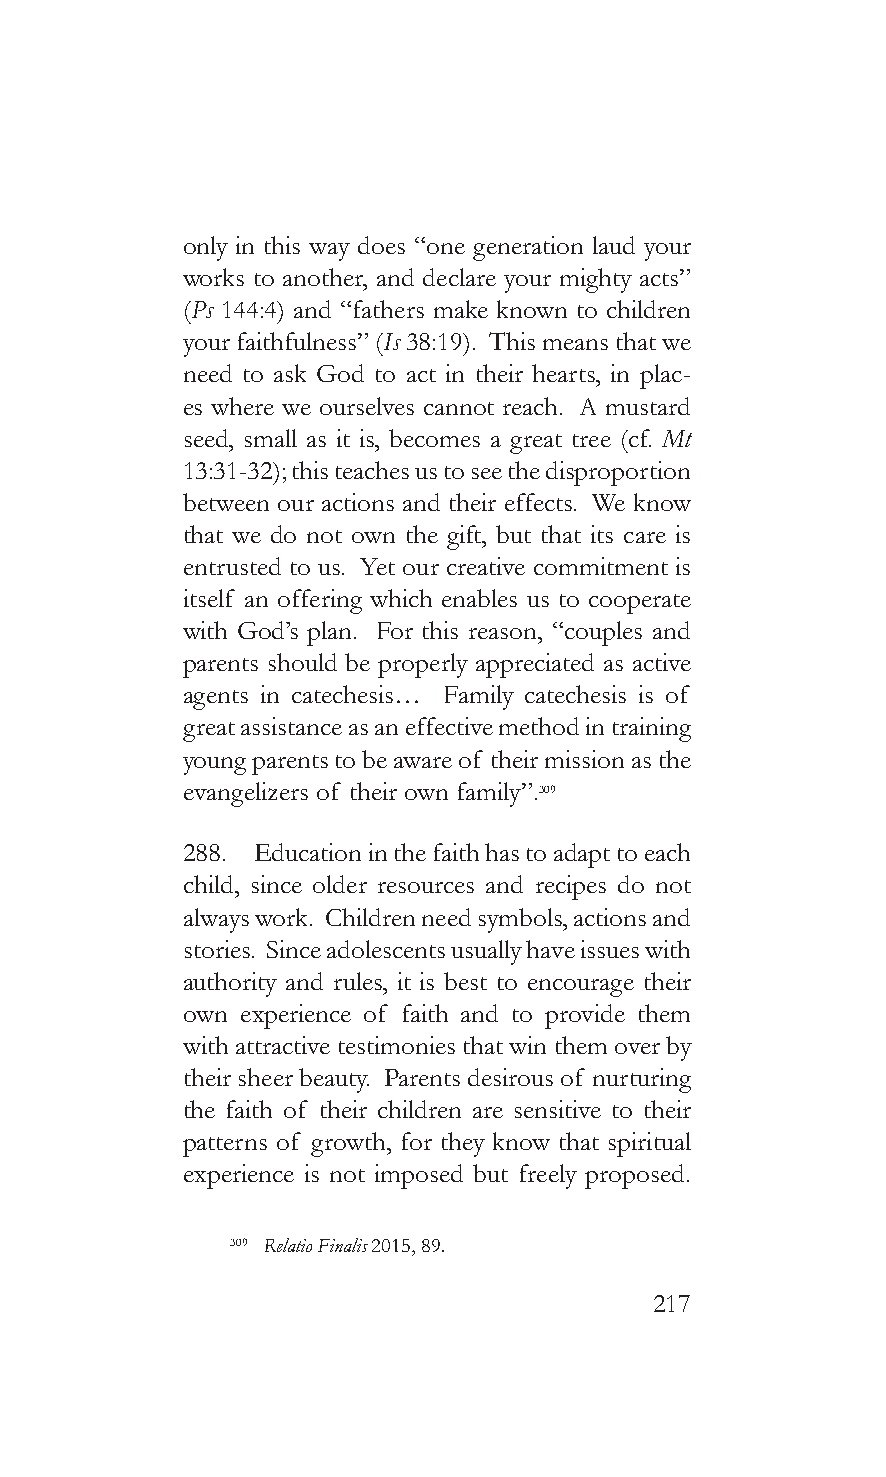
only in this way does “one generation laud your
 works to another, and declare your mighty acts”
 (Ps 144:4) and “fathers make known to children
 your faithfulness” (Is 38:19). This means that we
 need to ask God to act in their hearts, in plac-
 es where we ourselves cannot reach. A mustard
 seed, small as it is, becomes a great tree (cf. Mt
 13:31-32); this teaches us to see the disproportion
 between our actions and their effects. We know
 that we do not own the gift, but that its care is
 entrusted to us. Yet our creative commitment is
 itself an offering which enables us to cooperate
 with God’s plan. For this reason, “couples and
 parents should be properly appreciated as active
 agents in catechesis… Family catechesis is of
 great assistance as an effective method in training
 young parents to be aware of their mission as the
 evangelizers of their own family”.309
 288. Education in the faith has to adapt to each
 child, since older resources and recipes do not
 always work. Children need symbols, actions and
 stories. Since adolescents usually have issues with
 authority and rules, it is best to encourage their
 own experience of faith and to provide them
 with attractive testimonies that win them over by
 their sheer beauty. Parents desirous of nurturing
 the faith of their children are sensitive to their
 patterns of growth, for they know that spiritual
 experience is not imposed but freely proposed.
 309 Relatio Finalis 2015, 89.
 217